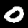
Label: 0